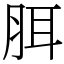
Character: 䏪